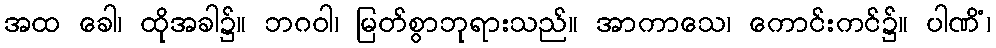
အထ ခေါ၊ ထိုအခါ၌။ ဘဂဝါ၊ မြတ်စွာဘုရားသည်။ အာကာသေ၊ ကောင်းကင်၌။ ပါဏိံ၊